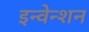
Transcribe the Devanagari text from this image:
इन्वेन्शन